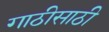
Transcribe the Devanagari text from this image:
गाठीसाठी